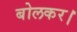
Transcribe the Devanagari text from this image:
बोलकर।